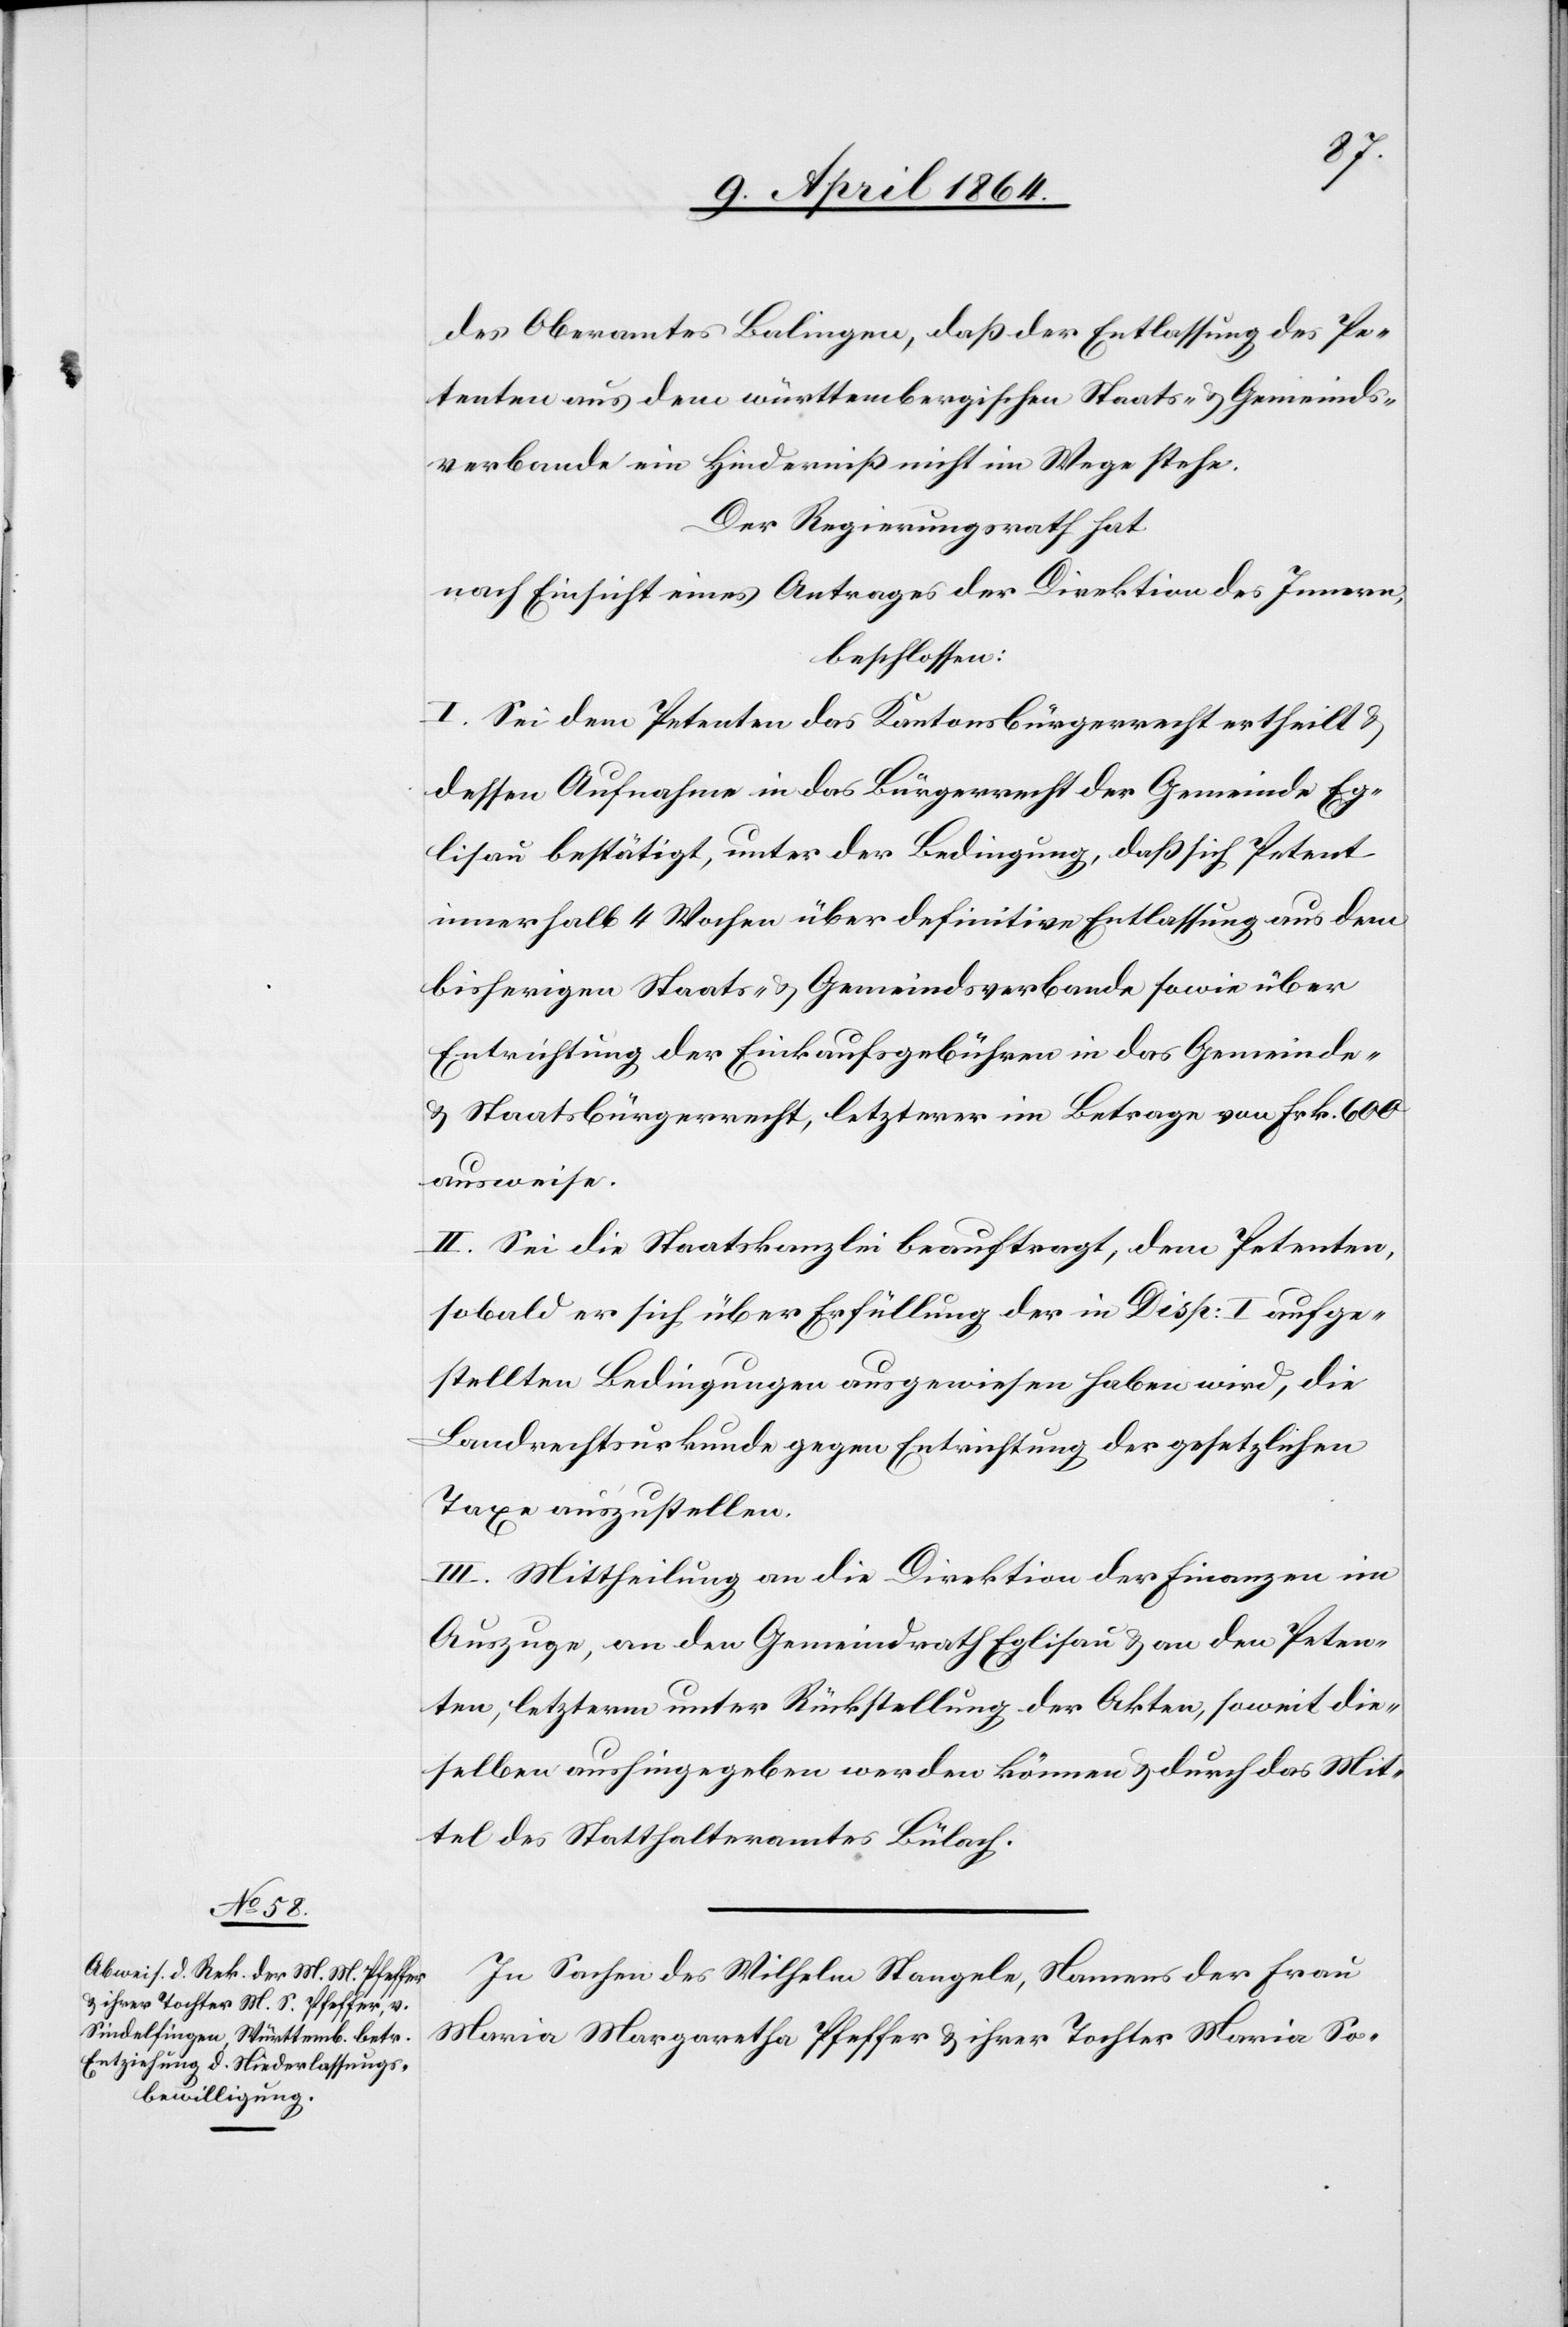
des Oberamtes Balingen, daß der Entlassung des Pe¬
tenten aus dem württembergischen Staats- u. Gemeinds¬
verbande ein Hinderniß nicht im Wege stehe.
Der Regierungsrath hat
nach Einsicht eines Antrages der Direktion des Innern,
beschlossen:
I. Sei dem Petenten das Kantonsbürgerrecht ertheilt u.
dessen Aufnahme in das Bürgerrecht der Gemeinde Eg¬
lisau bestätigt, unter der Bedingung, daß sich Petent
innerhalb 4 Wochen über definitive Entlassung aus dem
bisherigen Staats- u. Gemeindsverbande sowie über
Entrichtung der Einkaufsgebühren in das Gemeinde-
u. Staatsbürgerrecht, letzterer im Betrage von Frk. 600
ausweise.
II. Sei die Staatskanzlei beauftragt, dem Petenten,
sobald er sich über Erfüllung der in Disp: I aufge¬
stellten Bedingungen ausgewiesen haben wird, die
Landrechtsurkunde gegen Entrichtung der gesetzlichen
Taxe auszustellen.
III. Mittheilung an die Direktion der Finanzen im
Auszuge, an den Gemeindrath Eglisau u. an den Peten¬
ten, letzterm unter Rückstellung der Akten, soweit die¬
selben aushingegeben werden können u. durch das Mit¬
tel des Statthalteramtes Bülach.
In Sachen des Wilhelm Stangele, Namens der Frau
Maria Margaretha Pfeffer u. ihrer Tochter Maria So-